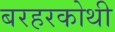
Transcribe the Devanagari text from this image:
बरहरकोथी